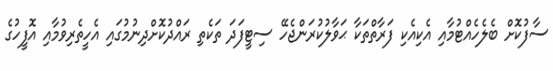
ސާފުކޮށް ބެލެހެއްޓުމާއި އެކިއެކި ފަރާތްތަކާ ޙަވާލުކުރަންޖެހޭ ސިޓީފަދަ ތަކެތި ރައްދުކޮށްދިނުމުގައި އެހީތެރިވުމާއި އޮފީހުގެ